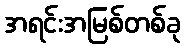
အရင်းအမြစ်တစ်ခု